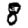
Digit: 8